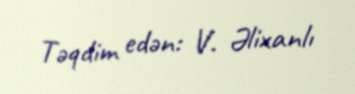
Təqdim edən: V. Əlixanlı